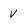
Character: v